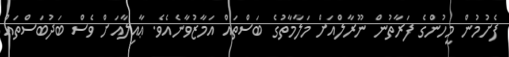
ފެށުމުން މީހުންގެ ފަރާތުން ނޫރާލްއަށް މަލާމާތުގެ ބަސްތައް އަމާޒުވާނެއެވެ. ޢާއިލާއަށް ވެސް ބަދުބަސްތައް